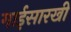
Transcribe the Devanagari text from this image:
गाईसारखी